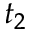
t _ { 2 }